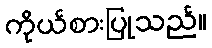
ကိုယ်စားပြုသည်။